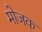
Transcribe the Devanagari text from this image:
मोजक